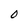
Character: O